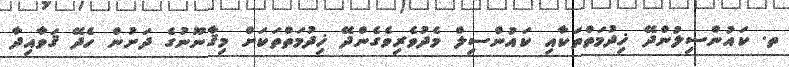
ތ. ކައުންސިލުންދޭ ޚިދުމަތްތަކާއި ކައުންސިލް މެދުވެރިވެގެންދޭ ޚިދުމަތްތަކަށް މިޤާނޫނުގެ ދަށުން ހެދޭ ޤަވާއިދާ